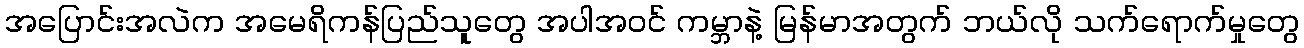
အပြောင်းအလဲက အမေရိကန်ပြည်သူတွေ အပါအဝင် ကမ္ဘာနဲ့ မြန်မာအတွက် ဘယ်လို သက်ရောက်မှုတွေ